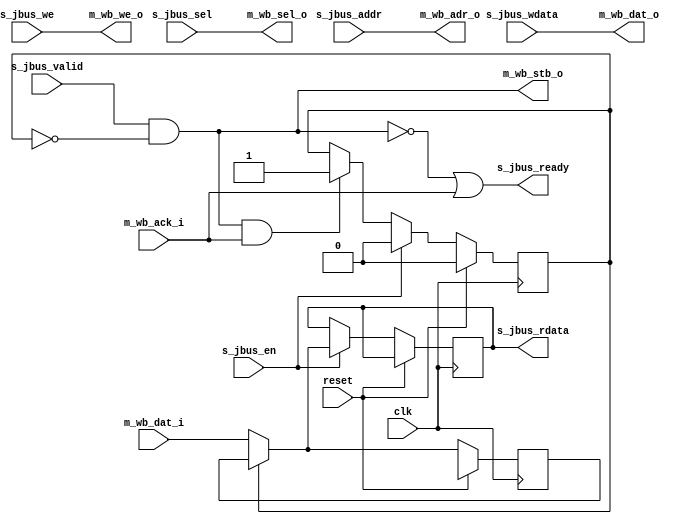
// This program was cloned from: https://github.com/ryuz/jelly
// License: MIT License

// ---------------------------------------------------------------------------
//  Jelly  -- The platform for real-time computing
//
//                                 Copyright (C) 2008-2015 by Ryuz
//                                 https://github.com/ryuz/jelly.git
// ---------------------------------------------------------------------------



`timescale 1ns / 1ps
`default_nettype none


// Jelly bus to WISHBONE bus bridge
module jelly_jbus_to_wishbone
        #(
            parameter                           ADDR_WIDTH   = 30,
            parameter                           DATA_SIZE    = 2,               // 0:8bit, 1:16bit, 2:32bit ...
            parameter                           DATA_WIDTH   = (8 << DATA_SIZE),
            parameter                           SEL_WIDTH    = (DATA_WIDTH / 8)
        )
        (
            // system
            input   wire                        reset,
            input   wire                        clk,
            
            // slave port (jelly bus)
            input   wire                        s_jbus_en,
            input   wire    [ADDR_WIDTH-1:0]    s_jbus_addr,
            input   wire    [DATA_WIDTH-1:0]    s_jbus_wdata,
            output  wire    [DATA_WIDTH-1:0]    s_jbus_rdata,
            input   wire                        s_jbus_we,
            input   wire    [SEL_WIDTH-1:0]     s_jbus_sel,
            input   wire                        s_jbus_valid,
            output  wire                        s_jbus_ready,
            
            // master port (WISHBONE bus)
            output  wire    [ADDR_WIDTH-1:0]    m_wb_adr_o,
            input   wire    [DATA_WIDTH-1:0]    m_wb_dat_i,
            output  wire    [DATA_WIDTH-1:0]    m_wb_dat_o,
            output  wire                        m_wb_we_o,
            output  wire    [SEL_WIDTH-1:0]     m_wb_sel_o,
            output  wire                        m_wb_stb_o,
            input   wire                        m_wb_ack_i
        );

    reg                         reg_buf_en;
    reg     [DATA_WIDTH-1:0]    reg_buf_rdata;
    reg     [DATA_WIDTH-1:0]    reg_rdata;
    
    always @ ( posedge clk ) begin
        if ( reset ) begin
            reg_buf_en    <= 1'b0;
            reg_buf_rdata <= {DATA_WIDTH{1'bx}};
        end
        else begin
            if ( s_jbus_en ) begin
                reg_rdata  <= reg_buf_en ? reg_buf_rdata : m_wb_dat_i;
                reg_buf_en <= 1'b0;
            end
            else begin
                // 
                if ( m_wb_stb_o & m_wb_ack_i ) begin
                    reg_buf_en <= 1'b1;
                end
            end
            
            if ( !reg_buf_en ) begin
                reg_buf_rdata <= m_wb_dat_i;
            end
        end
    end
    
    assign m_wb_adr_o   = s_jbus_addr;
    assign m_wb_dat_o   = s_jbus_wdata;
    assign m_wb_we_o    = s_jbus_we;
    assign m_wb_sel_o   = s_jbus_sel;
    assign m_wb_stb_o   = s_jbus_valid & !reg_buf_en;
    
    assign s_jbus_rdata = reg_rdata;
    assign s_jbus_ready = !m_wb_stb_o | m_wb_ack_i;
    
endmodule



`default_nettype wire


// end of file